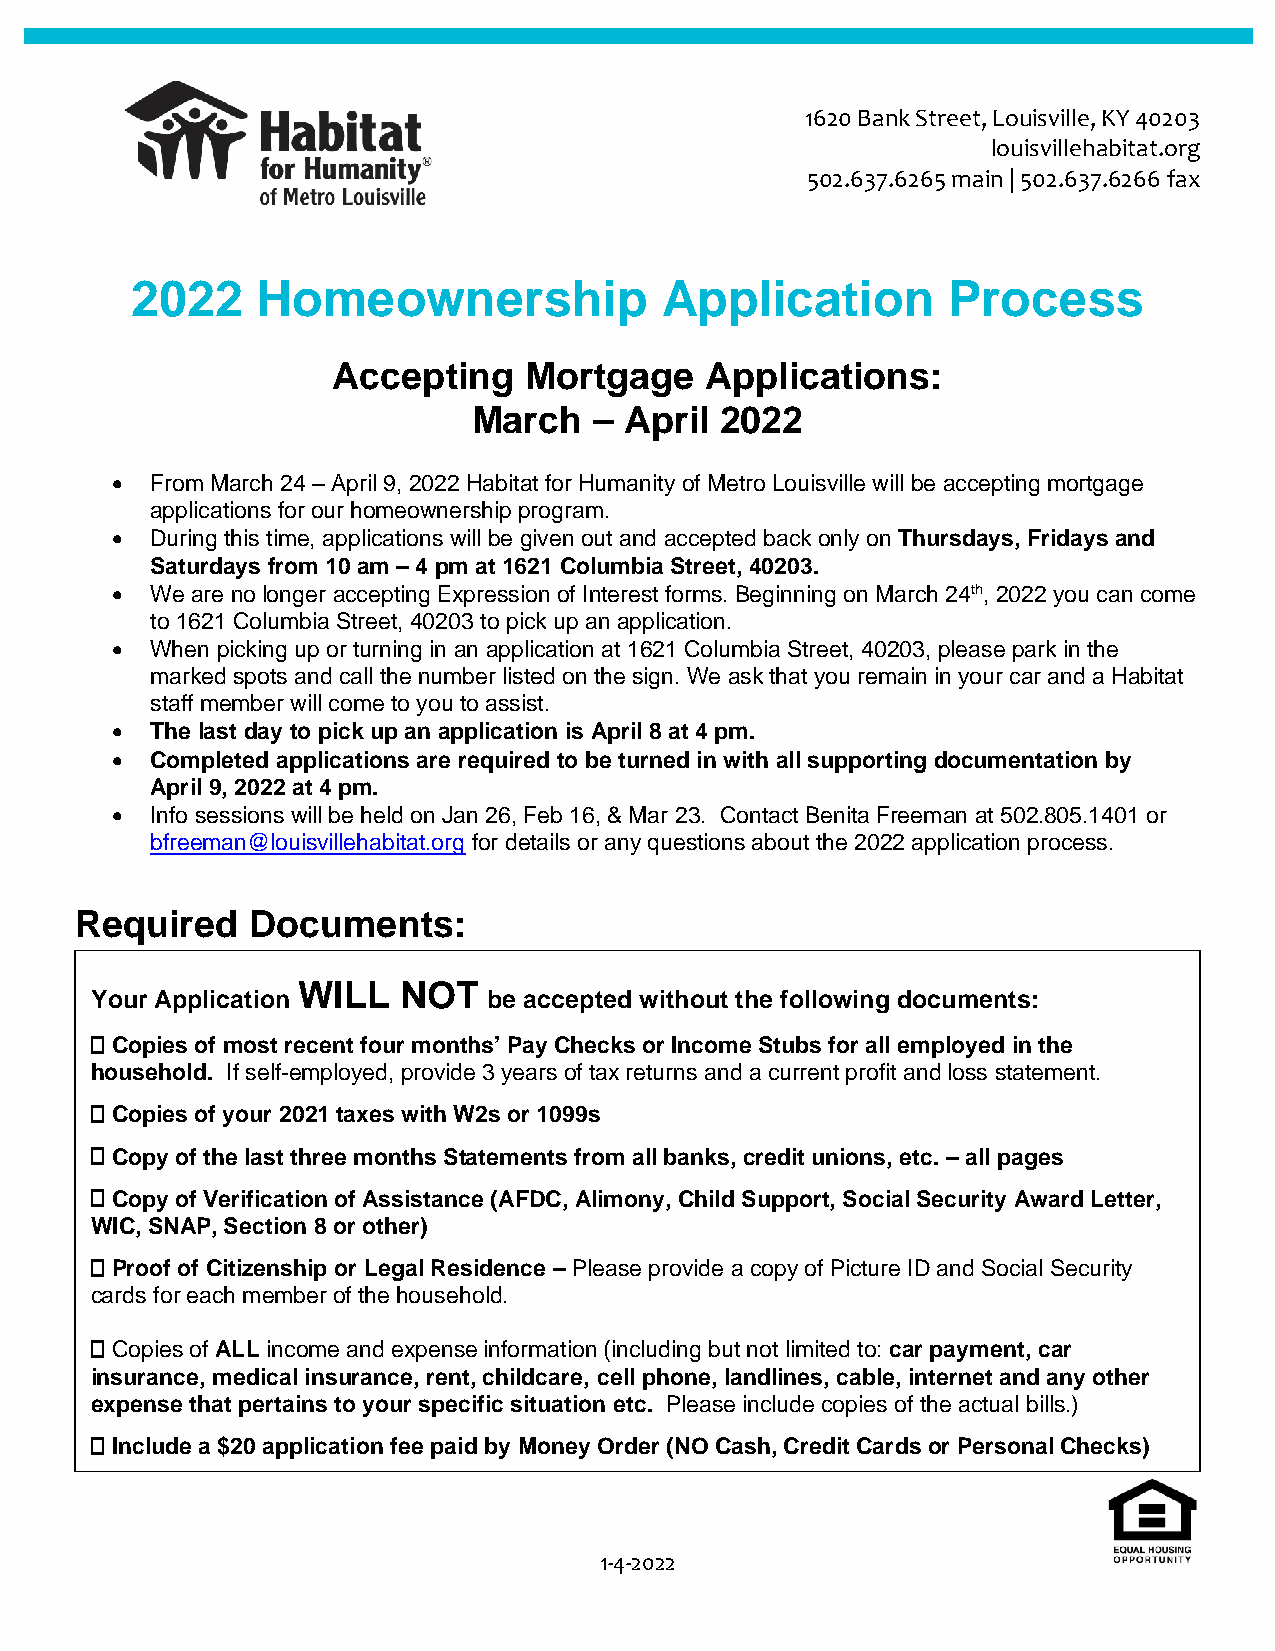
1620 Bank Street, Louisville, KY 40203
 louisvillehabitat.org
 502.637.6265 main | 502.637.6266 fax
 2022    Homeownership              Application        Process
 Accepting    Mortgage    Applications:
 March   – April  2022
 •  From March 24 – April 9, 2022 Habitat for Humanity of Metro Louisville will be accepting mortgage
 applications for our homeownership program.
 •  During this time, applications will be given out and accepted back only on Thursdays, Fridays and
 Saturdays from 10 am – 4 pm at 1621 Columbia Street, 40203.
 •  We are no longer accepting Expression of Interest forms. Beginning on March 24th, 2022 you can come
 to 1621 Columbia Street, 40203 to pick up an application.
 •  When picking up or turning in an application at 1621 Columbia Street, 40203, please park in the
 marked spots and call the number listed on the sign. We ask that you remain in your car and a Habitat
 staff member will come to you to assist.
 •  The last day to pick up an application is April 8 at 4 pm.
 •  Completed applications are required to be turned in with all supporting documentation by
 April 9, 2022 at 4 pm.
 •  Info sessions will be held on Jan 26, Feb 16, & Mar 23. Contact Benita Freeman at 502.805.1401 or
 bfreeman@louisvillehabitat.org for details or any questions about the 2022 application process.
 Required   Documents:
 WILL  NOT
 Your Application          be accepted without the following documents:
 Copies of most recent four months’ Pay Checks or Income Stubs for all employed in the
 household. If self-employed, provide 3 years of tax returns and a current profit and loss statement.
 Copies of your 2021 taxes with W2s or 1099s
 Copy of the last three months Statements from all banks, credit unions, etc. – all pages
 Copy of Verification of Assistance (AFDC, Alimony, Child Support, Social Security Award Letter,
 WIC, SNAP, Section 8 or other)
 Proof of Citizenship or Legal Residence – Please provide a copy of Picture ID and Social Security
 cards for each member of the household.
 Copies of ALL income and expense information (including but not limited to: car payment, car
 insurance, medical insurance, rent, childcare, cell phone, landlines, cable, internet and any other
 expense that pertains to your specific situation etc. Please include copies of the actual bills.)
 Include a $20 application fee paid by Money Order (NO Cash, Credit Cards or Personal Checks)
 1-4-2022